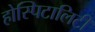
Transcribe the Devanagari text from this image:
होस्पिटालिटी